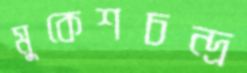
মুকেশচন্দ্র